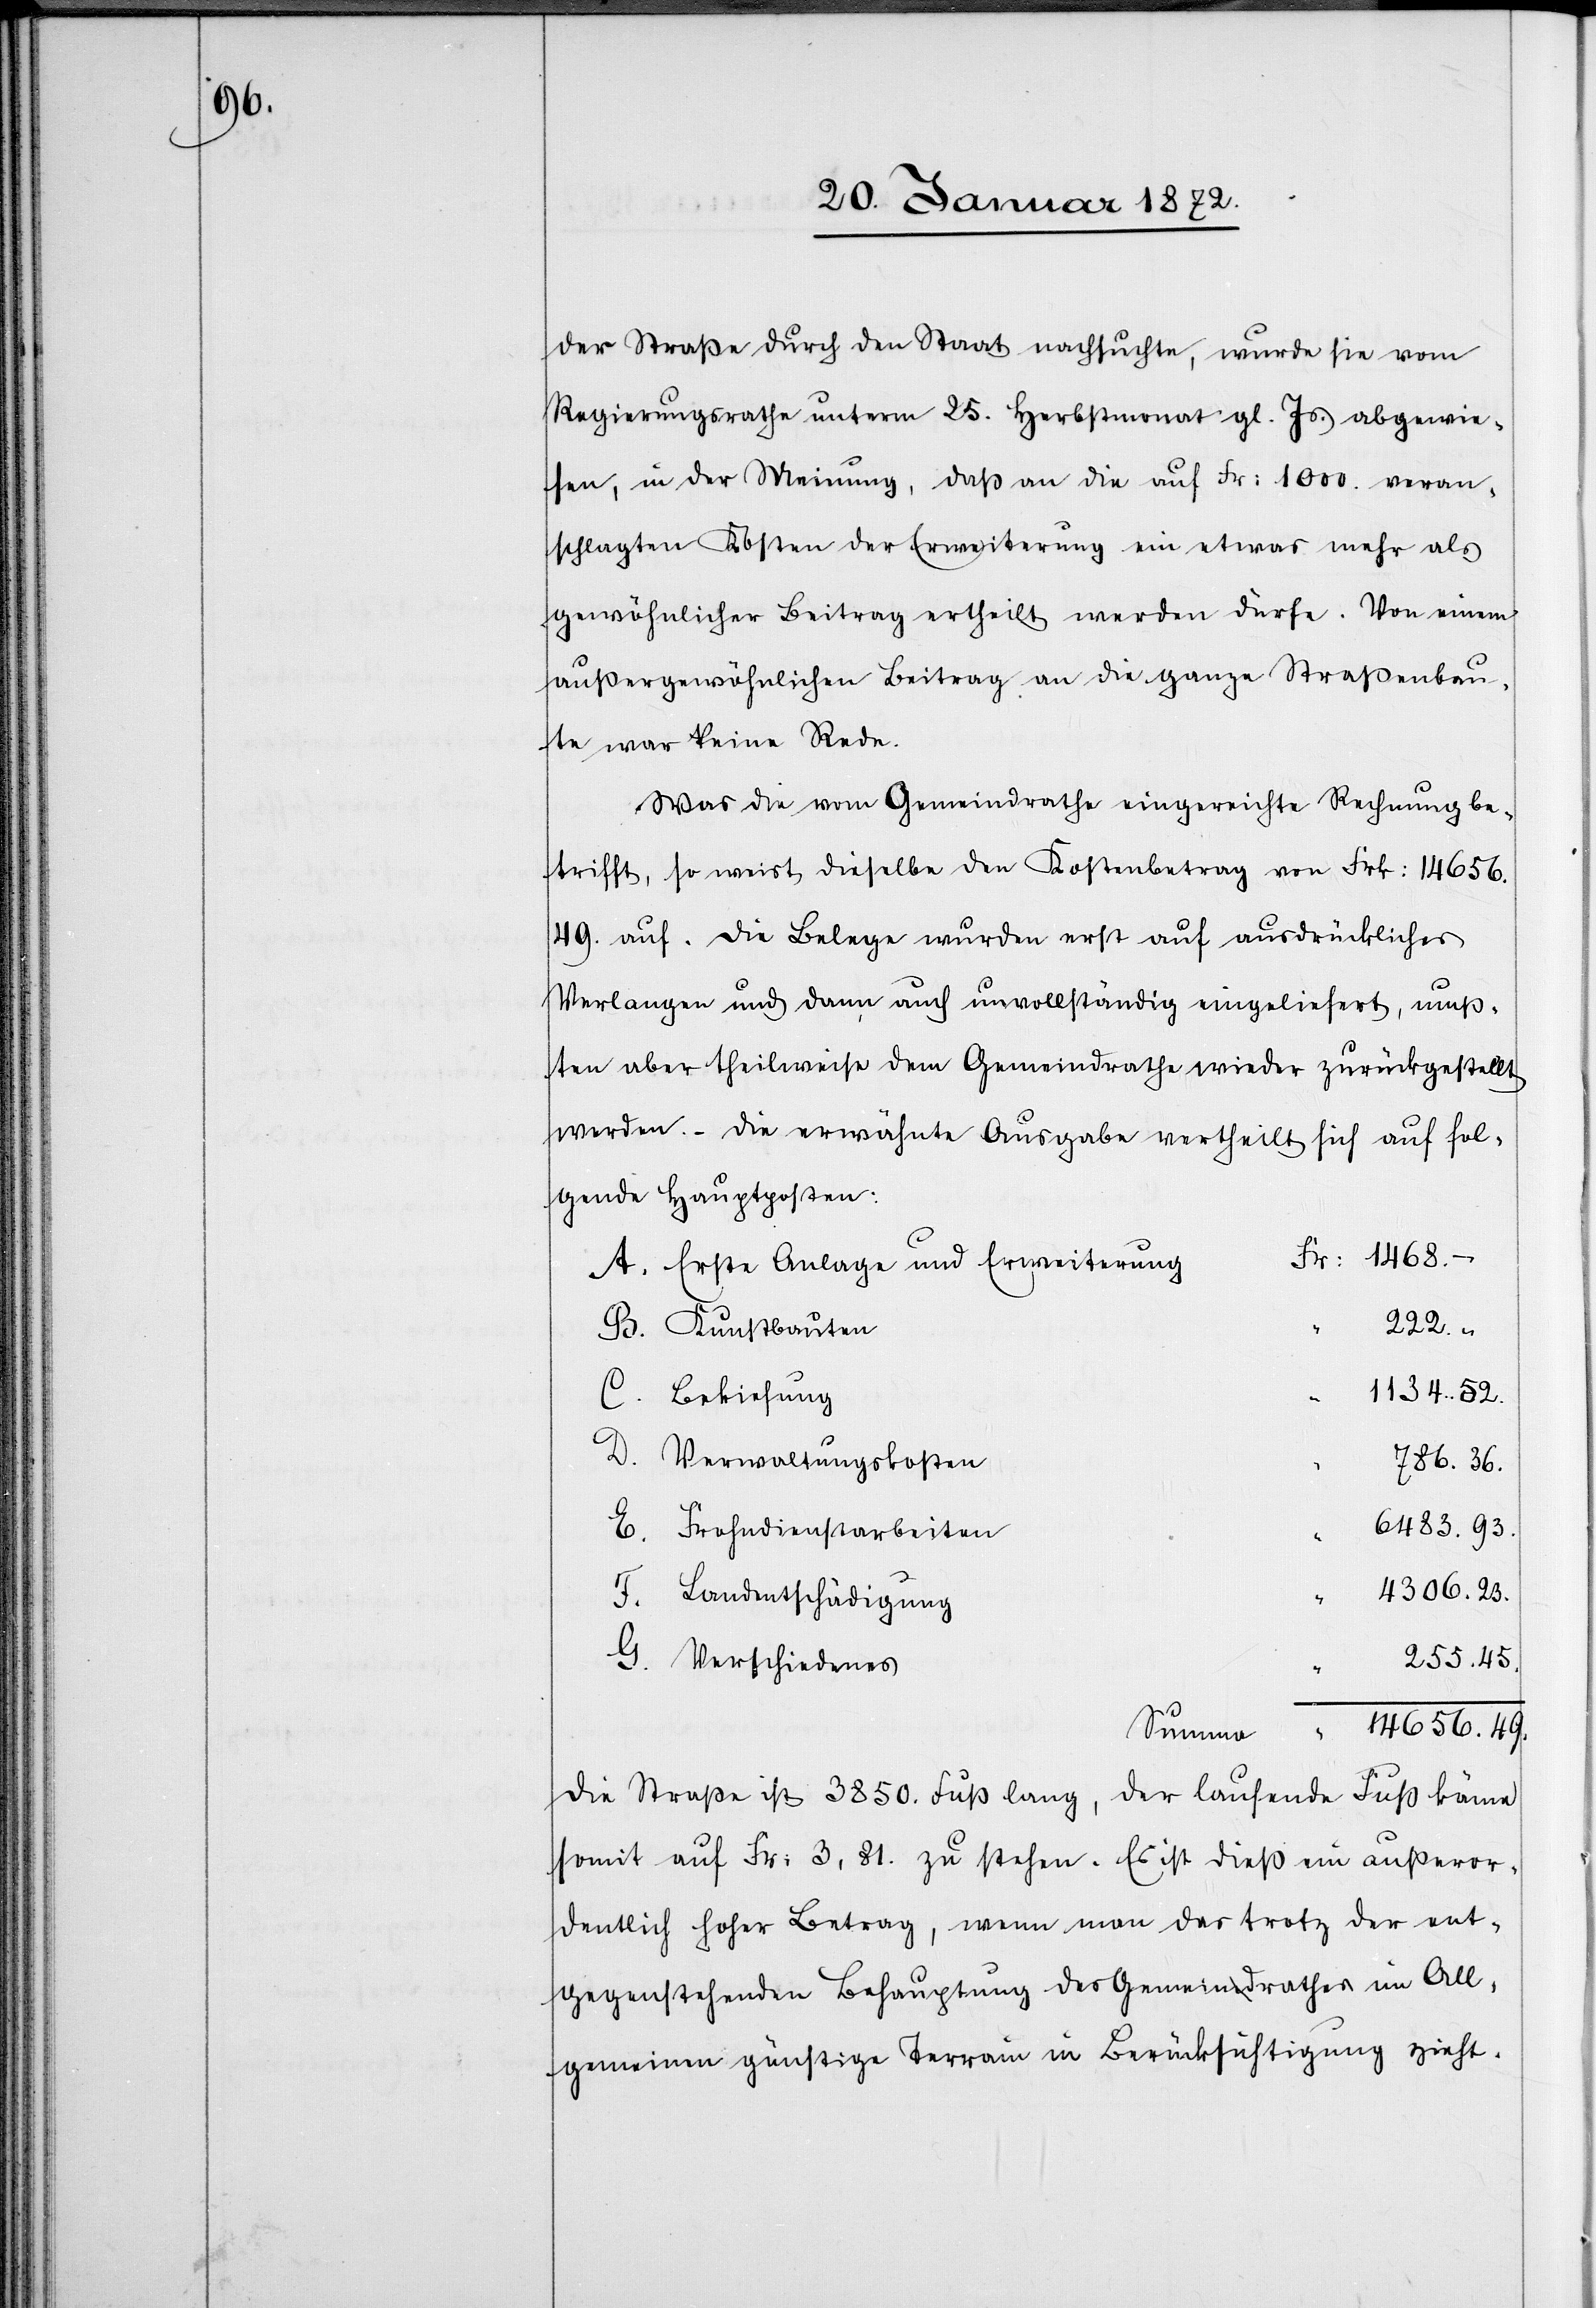
der Straße durch den Staat nachsuchte, wurde sie vom
Regierungsrathe unterm 25. Herbstmonat gl. Js. abgewie¬
sen, in der Meinung, daß an die auf Fr: 1000. veran¬
schlagten Kosten der Erweiterung ein etwas mehr als
gewöhnlicher Beitrag ertheilt werden dürfe. Von einem
außergewöhnlichen Beitrag an die ganze Straßenbau¬
te war keine Rede.
Was die vom Gemeindrathe eingereichte Rechnung be¬
trifft, so weist dieselbe den Kostenbetrag von Frk: 14656.49.
auf. Die Belege wurden erst auf ausdrückliches
Verlangen und dann auch unvollständig eingeliefert, muß¬
ten aber theilweise dem Gemeindrathe wieder zurückgestellt
werden. – Die erwähnte Ausgabe vertheilt sich auf fol¬
gende Hauptposten:
A. Erste Anlage und Erweiterung
222.–
B. Kunstbauten
1134.52
C. Bekiesung
D. Verwaltungskosten
786.36.
6483.93.
E. Frohndienstarbeiten
4306.23.
F. Landentschädigung
255.45.
G. Verschiedenes
14656.49.
Summa
Die Straße ist 3850. Fuß lang, der laufende Fuß käme
somit auf Fr: 3.81. zu stehen. Es ist dieß ein außeror¬
dentlich hoher Betrag, wenn man das trotz der ent¬
gegenstehenden Behauptung des Gemeindrathes im All¬
gemeinen günstige Terrain in Berücksichtigung zieht.